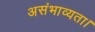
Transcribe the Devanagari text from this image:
असंभाव्यता।